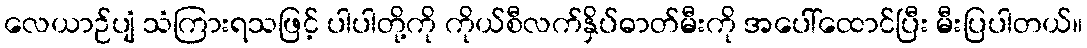
လေယာဉ်ပျံ သံကြားရသဖြင့် ပါပါတို့ကို ကိုယ်စီလက်နှိပ်ဓာတ်မီးကို အပေါ်ထောင်ပြီး မီးပြပါတယ်။